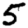
Digit: 5